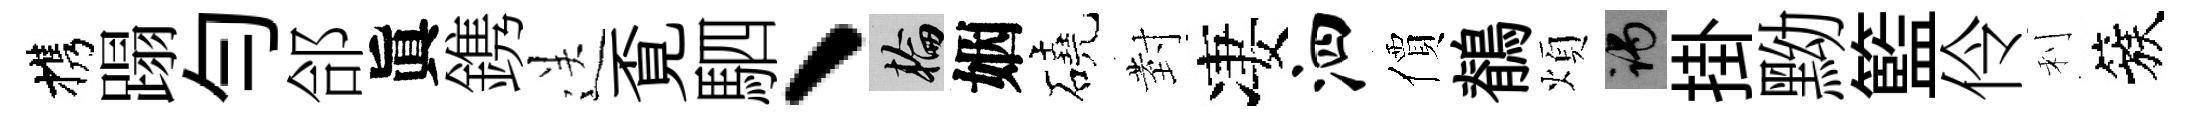
携蹋勻郃眞鎸送覔駟、輪姻磽𭔹凄泗價鶺煩谒掛黝籃伶利簇